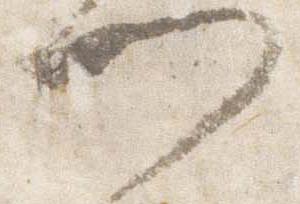
門